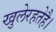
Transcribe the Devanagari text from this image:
खुलेरहतेहै।